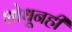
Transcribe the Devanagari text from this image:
शोधूनही